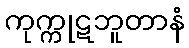
ကုက္ကုဋဘူတာနံ